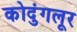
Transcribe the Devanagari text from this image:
कोदुंगलूर